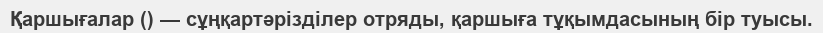
Қаршығалар () — сұңқартәрізділер отряды, қаршыға тұқымдасының бір туысы.